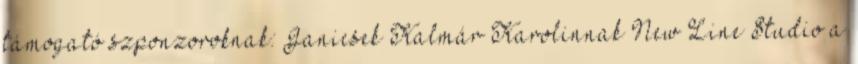
támogató szponzoroknak: Janicsek Kalmár Karolinnak New Line Studio a